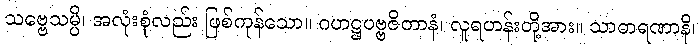
သဗ္ဗေသမ္ပိ၊ အလုံးစုံလည်း ဖြစ်ကုန်သော။ ဂဟဋ္ဌပဗ္ဗဇိတာနံ၊ လူရဟန်းတို့အား။ သာဓာရဏာနိ၊